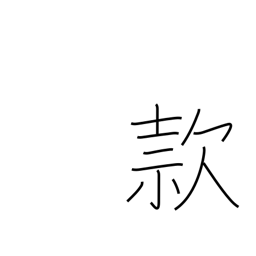
Meaning: goodwill